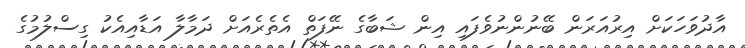
އާދުވަހަކަށް އިރުއަރަން ބޭނުންނުވެފައި އިން ޝަބާގެ ނޭފަތް އެތެރެއަށް ދަމާލާ އަޑާއިއެކު ގިސްލުމުގެ